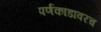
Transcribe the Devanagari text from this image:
पर्णकांडावरच